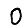
Digit: 0